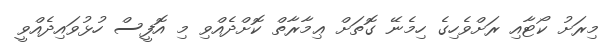
މިރަށު ކޯޓާއި ރަށްވެހިގެ ހިމެނޭ ގޮތަށް ޢިމާރާތް ކޮށްދެއްވި މި އޮފީސް ހުޅުވައިދެއްވީ